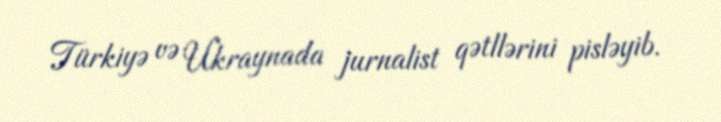
Türkiyə və Ukraynada jurnalist qətllərini pisləyib.